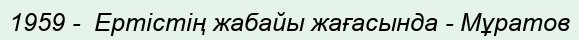
1959 -  Ертістің жабайы жағасында - Мұратов